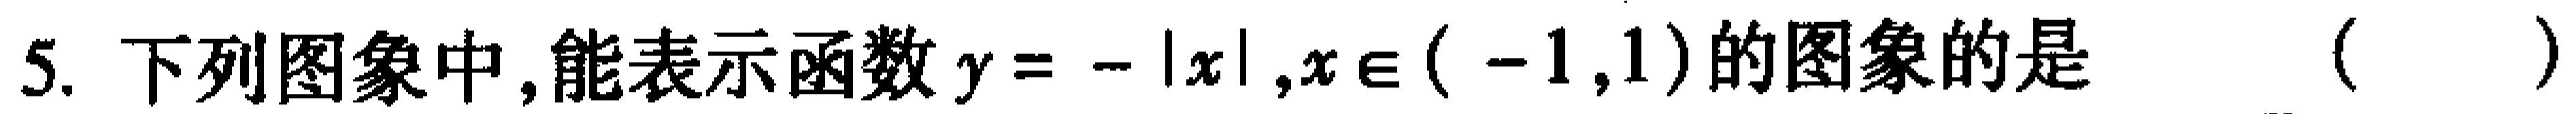
5. 下列图象中,能表示函数\(y = -|x|,x\in(-1,1)\)的图象的是 （  ）